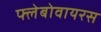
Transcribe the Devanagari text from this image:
फ्लेबोवायरस